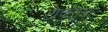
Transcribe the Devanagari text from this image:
टाक्याला